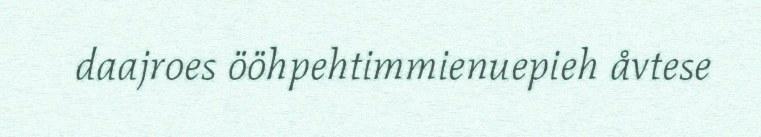
daajroes ööhpehtimmienuepieh åvtese